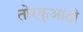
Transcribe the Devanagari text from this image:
तोरकुआतो